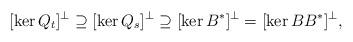
LaTeX: \begin{align*}[\ker Q_t]^\perp \supseteq [\ker Q_s]^\perp \supseteq [\ker B^*]^\perp=[\ker BB^*]^\perp,\end{align*}